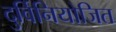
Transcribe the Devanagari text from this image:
दुर्विनियोजित